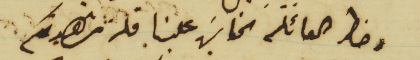
وخاطر العائلة الخاسَر علينا قلة مشاهدتكم